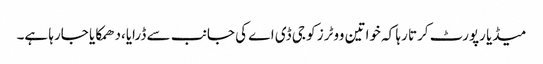
میڈیا رپورٹ کرتا رہا کہ خواتین ووٹرز کو جی ڈی اے کی جانب سے ڈرایا،دھمکایا جارہا ہے۔